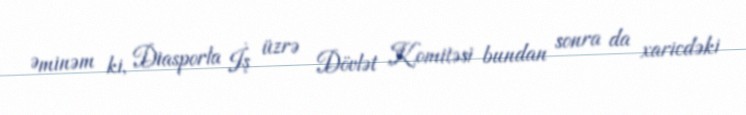
Əminəm ki, Diasporla İş üzrə Dövlət Komitəsi bundan sonra da xaricdəki